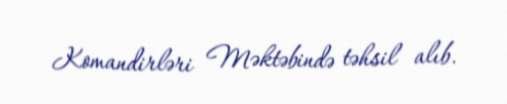
Komandirləri Məktəbində təhsil alıb.